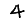
Digit: 4